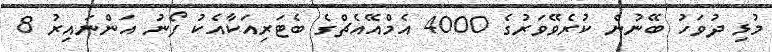
މުޅި ދުވަހު ބޭނުން ކުރެވޭވަރުގެ 4000 އެމްއޭއެޗްގެ ބެޓަރިއަކާއެކު ފޯނު އަންނައިރު 8